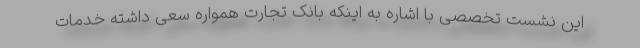
این نشست تخصصی با اشاره به اینکه بانک تجارت همواره سعی داشته خدمات